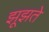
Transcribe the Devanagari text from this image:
झूझते